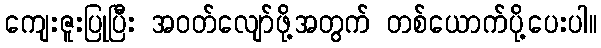
ကျေးဇူးပြုပြီး အဝတ်လျော်ဖို့အတွက် တစ်ယောက်ပို့ပေးပါ။